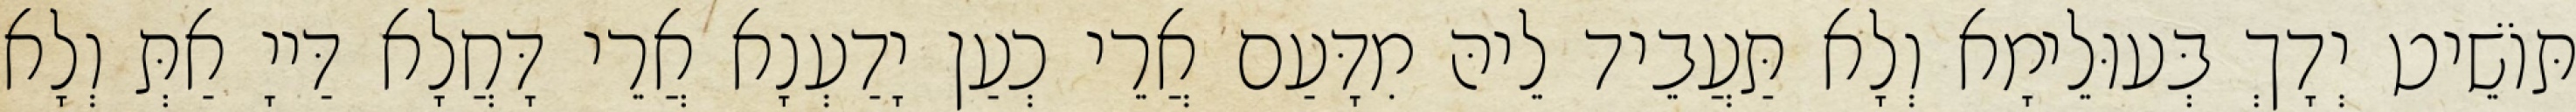
תּוֹשֵׁיט יְדָךְ בְּעוּלֵימָא וְלָא תַּעֲבֵיד לֵיהּ מִדָּעַם אֲרֵי כְעַן יָדַעְנָא אֲרֵי דָּחֲלָא דַּייָ אַתְּ וְלָא